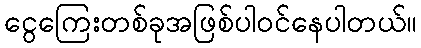
ငွေကြေးတစ်ခုအဖြစ်ပါဝင်နေပါတယ်။